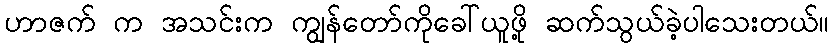
ဟာဇက် က အသင်းက ကျွန်တော်ကိုခေါ်ယူဖို့ ဆက်သွယ်ခဲ့ပါသေးတယ်။